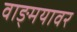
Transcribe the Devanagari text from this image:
वाङ्‍मयावर